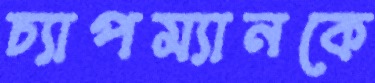
চ্যাপম্যানকে